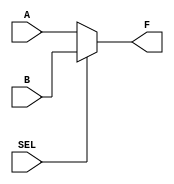
module MUX2TO1(A, B, SEL, F);
	
	input [3:0] A, B;
	input SEL;
	output [3:0] F;

	assign F = (SEL == 1'b0) ? A :
			   (SEL == 1'b1) ? B : 4'bx;

endmodule